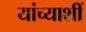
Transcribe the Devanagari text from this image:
यांच्याशीं